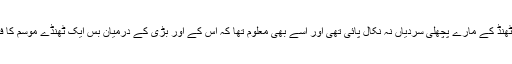
پار سال فرخی بھی ٹھنڈ کے مارے پچھلی سردیاں نہ نکال پائی تھی اور اسے بھی معلوم تھا کہ اس کے اور بڑی کے درمیان بس ایک ٹھنڈے موسم کا فاصلہ ہی رہ گیا ہے۔